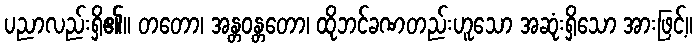
ပညာလည်းရှိ၏။ တတော၊ အန္တဝန္တတော၊ ထိုဘင်ခဏတည်းဟူသော အဆုံးရှိသော အားဖြင့်။